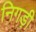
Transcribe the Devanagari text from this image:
निगड़ी